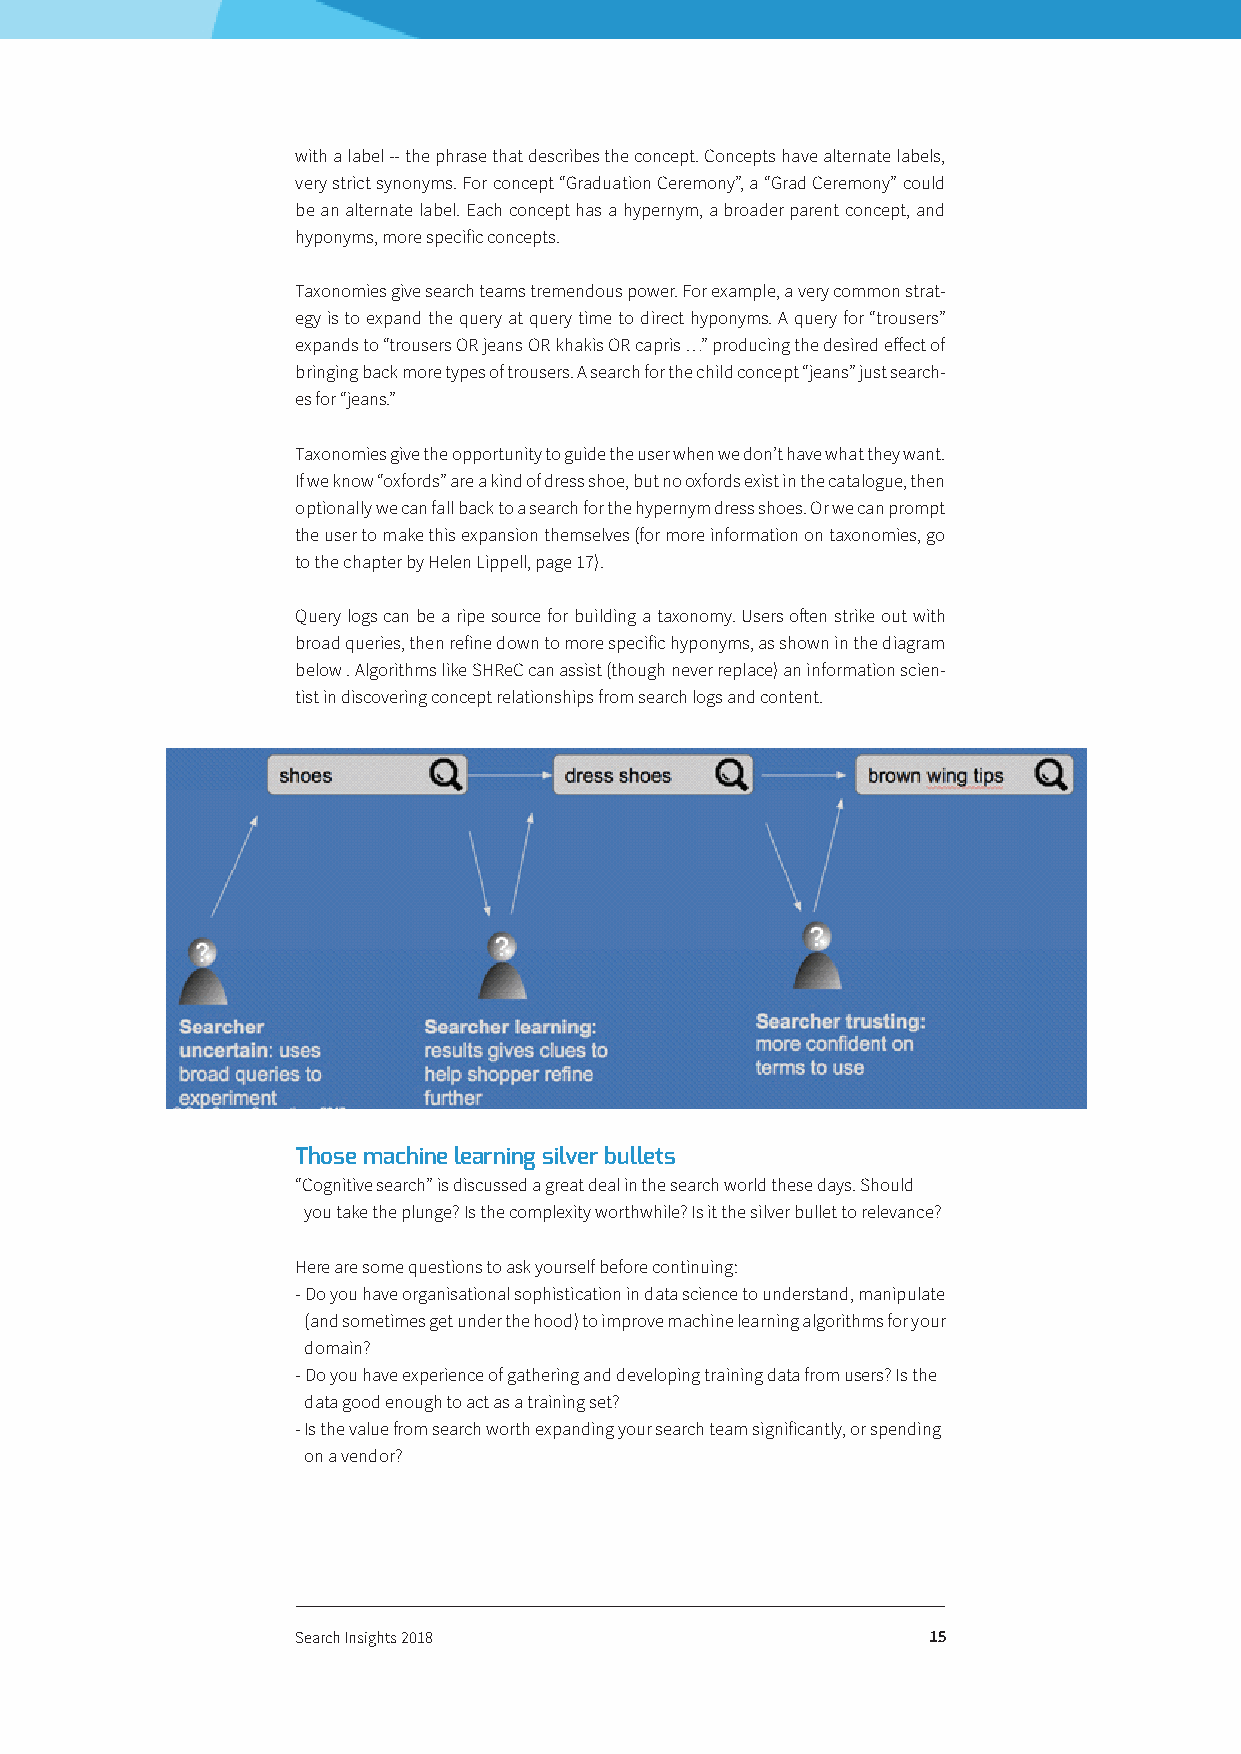
with a label -- the phrase that describes the concept. Concepts have alternate labels,
 very strict synonyms. For concept “Graduation Ceremony”, a “Grad Ceremony” could
 be an alternate label. Each concept has a hypernym, a broader parent concept, and
 hyponyms, more specific concepts.
 Taxonomies give search teams tremendous power. For example, a very common strat-
 egy is to expand the query at query time to direct hyponyms. A query for “trousers”
 expands to “trousers OR jeans OR khakis OR capris …” producing the desired effect of
 bringing back more types of trousers. A search for the child concept “jeans” just search-
 es for “jeans.”
 Taxonomies give the opportunity to guide the user when we don’t have what they want.
 If we know “oxfords” are a kind of dress shoe, but no oxfords exist in the catalogue, then
 optionally we can fall back to a search for the hypernym dress shoes. Or we can prompt
 the user to make this expansion themselves (for more information on taxonomies, go
 to the chapter by Helen Lippell, page 17).
 Query logs can be a ripe source for building a taxonomy. Users often strike out with
 broad queries, then refine down to more specific hyponyms, as shown in the diagram
 below . Algorithms like SHReC can assist (though never replace) an information scien-
 tist in discovering concept relationships from search logs and content.
 Those machine learning silver bullets
 “Cognitive search” is discussed a great deal in the search world these days. Should
 you take the plunge? Is the complexity worthwhile? Is it the silver bullet to relevance?
 Here are some questions to ask yourself before continuing:
 - Do you have organisational sophistication in data science to understand, manipulate
 (and sometimes get under the hood) to improve machine learning algorithms for your
 domain?
 - Do you have experience of gathering and developing training data from users? Is the
 data good enough to act as a training set?
 - Is the value from search worth expanding your search team significantly, or spending
 on a vendor?
 Search Insights 2018                     15